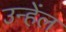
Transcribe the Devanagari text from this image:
उन्हेंल